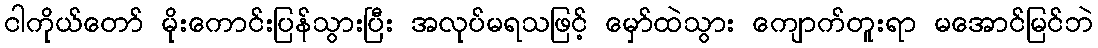
ငါကိုယ်တော် မိုးကောင်းပြန်သွားပြီး အလုပ်မရသဖြင့် မှော်ထဲသွား ကျောက်တူးရာ မအောင်မြင်ဘဲ